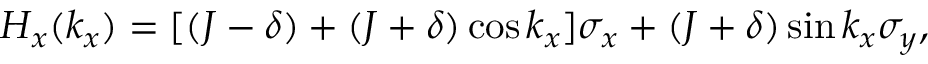
H _ { x } ( k _ { x } ) = [ ( J - \delta ) + ( J + \delta ) \cos k _ { x } ] \sigma _ { x } + ( J + \delta ) \sin k _ { x } \sigma _ { y } ,